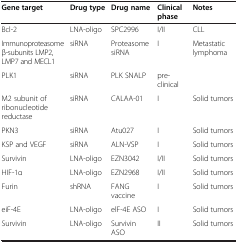
| Gene target | Drug type | Drug name | Clinical phase | Notes |
 | --- | --- | --- | --- | --- |
 | Bcl-2 | LNA-oligo | SPC2996 | I/II | CLL |
 | Immunoproteasome β-subunits LMP2, LMP7 and MECL1 | siRNA | Proteasome siRNA | I | Metastatic lymphoma |
 | PLK1 | siRNA | PLK SNALP | pre-clinical |  |
 | M2 subunit of ribonucleotide reductase | siRNA | CALAA-01 | I | Solid tumors |
 | PKN3 | siRNA | Atu027 | I | Solid tumors |
 | KSP and VEGF | siRNA | ALN-VSP | I | Solid tumors |
 | Survivin | LNA-oligo | EZN3042 | I/II | Solid tumors |
 | HIF-1α | LNA-oligo | EZN2968 | I/II | Solid tumors |
 | Furin | shRNA | FANG vaccine | I | Solid tumors |
 | eiF-4E | LNA-oligo | elF-4E ASO | I | Solid tumors |
 | Survivin | LNA-oligo | Survivin ASO | II | Solid tumors |